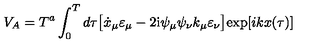
V _ { A } = T ^ { a } \int _ { 0 } ^ { T } d \tau \bigl [ \dot { x } _ { \mu } \varepsilon _ { \mu } - 2 \mathrm { i } \psi _ { \mu } \psi _ { \nu } k _ { \mu } \varepsilon _ { \nu } \bigr ] \mathrm { e x p } [ i k x ( { \tau } ) ]